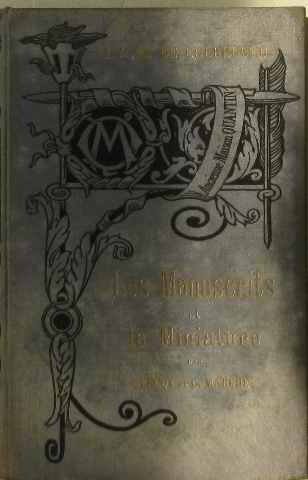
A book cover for Les manuscrits et la miniature; Lecoy De La Marche; Crafts, Hobbies & Home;